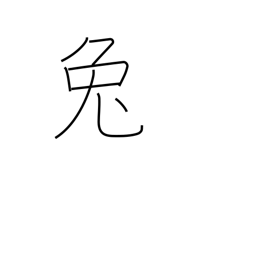
Meaning: hare